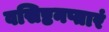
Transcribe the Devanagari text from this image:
वसिष्टनप्तारं